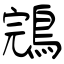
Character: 鵍